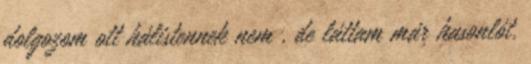
dolgozom ott hálistennek nem , de láttam már hasonlót.